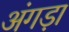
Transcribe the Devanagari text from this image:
अंगड़ा